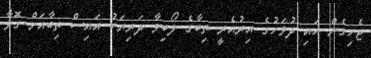
ޖެހިގެން އައި ދުވަހުގެ އިރުއެރީ ތިބާގެ ލޯބިވާ ދަރިޔަކު އައިސް ތިބާއަށް ގޮވާ